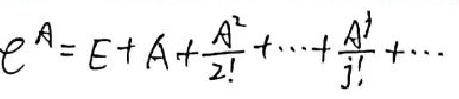
\[
\mathcal{e}^{A}=E + A+\frac{A^{2}}{2!}+\cdots+\frac{A^{j}}{j!}+\cdots
\]